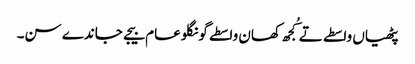
پٹھیاں واسطے تے کُجھ کھان واسطے گونگلو عام بیجے جاندے سن۔